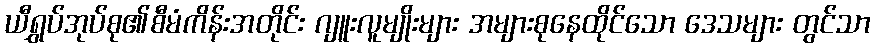
ယီရွှပ်အုပ်စု၏စီမံကိန်းအတိုင်း ဂျူးလူမျိုးများ အများစုနေထိုင်သော ဒေသများ တွင်သာ